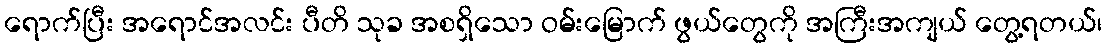
ရောက်ပြီး အရောင်အလင်း ပီတိ သုခ အစရှိသော ဝမ်းမြောက် ဖွယ်တွေကို အကြီးအကျယ် တွေ့ရတယ်၊